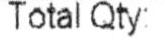
TOTAL QTY: